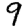
Digit: 9